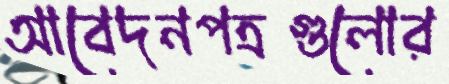
আবেদনপত্রগুলোর